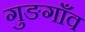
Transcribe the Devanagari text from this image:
गुङगाँव